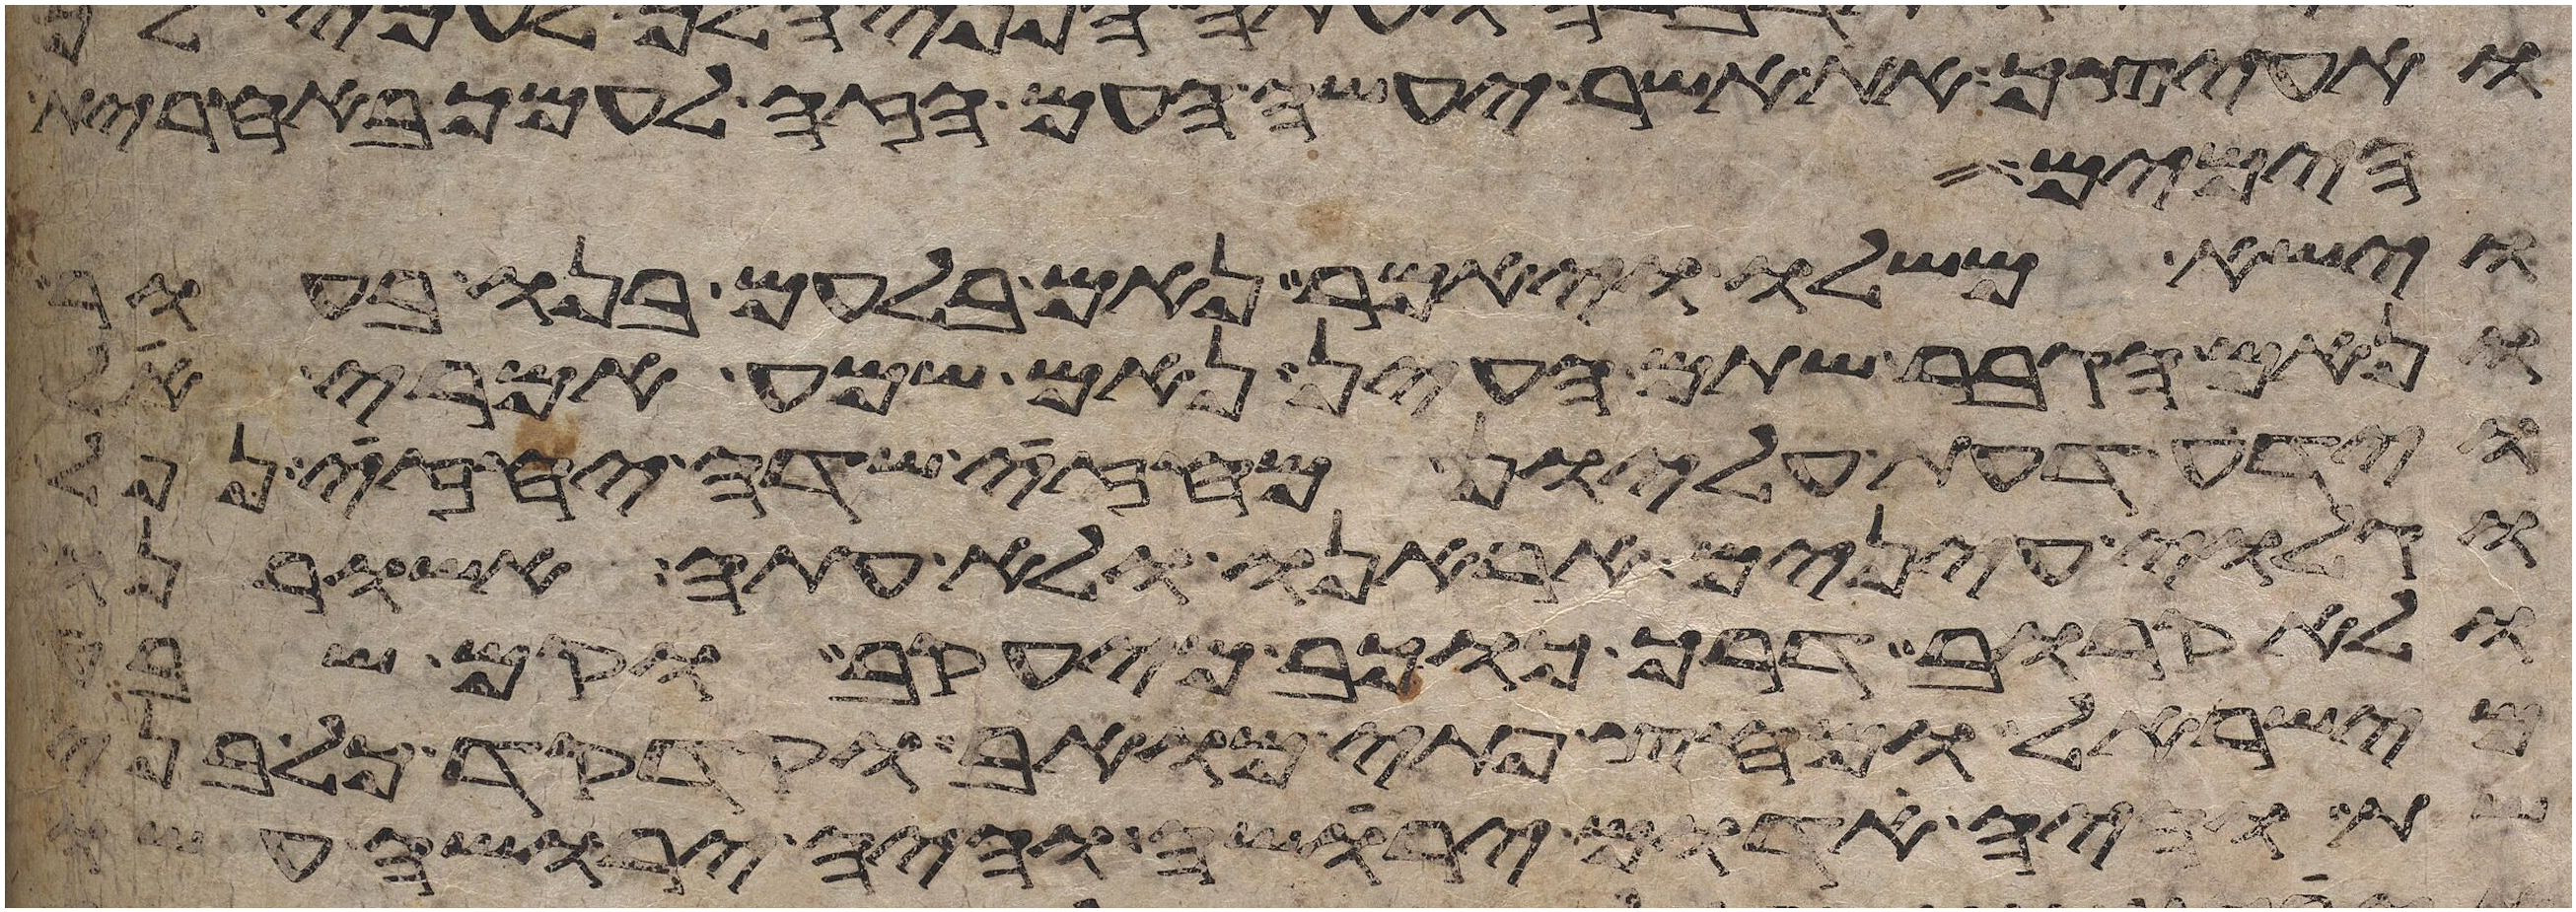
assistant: ואעיצך את אשר יעשה העם הזה לעמך באחרית
הימים
וישא משלו ויאמר נאם בלעם בנו בעור
ונאם הגבר שתם העין נאם שמע אמרי אל
וידע דעת עליון מחזה שדה יחזה נפל
וגלוי עינים אראנו ולא עתה אשורנו
ולא קרוב דרך כוכב מיעקב וקם שבט
מישראל מחץ פתי מואב וקדקד כל בני
שת והיה אדום ירשה והיה ירשה עשו